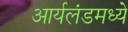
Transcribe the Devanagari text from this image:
आर्यलंडमध्ये